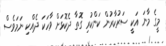
މީގެ މާނަ އަކީ ސަރުކާރުން ކަންކުރި ގޮތާ ދެކޮޅަށް ވާހަކަ ދެއްކި ނަމަވެސް